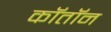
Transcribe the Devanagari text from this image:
कॉतॉन